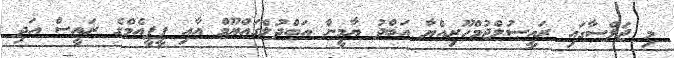
މި ޖަލްސާގައި ރައީސުލްޖުމްހޫރިއްޔާ އަބްދު ޔާމީން އަބްދުލްގައްޔޫމް އާއި ޕީޕީއެމްގެ ރައީސް އަދި